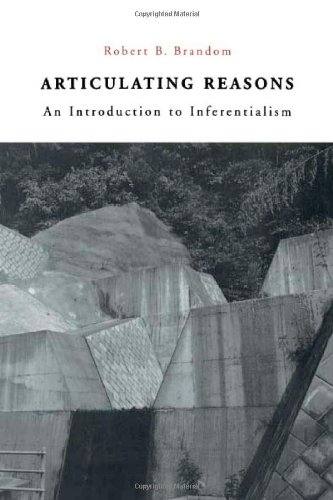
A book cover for Articulating Reasons: An Introduction to Inferentialism; Robert B. Brandom; Politics & Social Sciences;